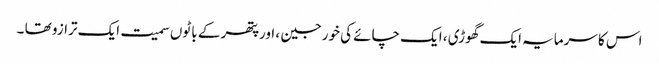
اس کا سرمایہ ایک گھوڑی ، ایک چائے کی خورجین ، اورپتھر کے باٹوں سمیت ایک ترازو تھا ۔